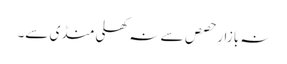
نہ بازارِ حصص سے نہ کھلی منڈی سے۔